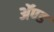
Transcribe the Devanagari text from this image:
ॲण्‍ड